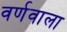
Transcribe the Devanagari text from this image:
वर्णवाला